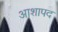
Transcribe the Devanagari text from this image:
आशापद